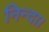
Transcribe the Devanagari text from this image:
निन्दा।